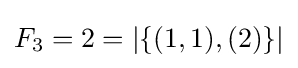
F_{3}=2=|\{(1,1),(2)\}|